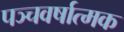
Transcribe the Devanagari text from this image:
पञ्चवर्षात्मक